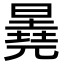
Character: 𬁕